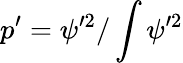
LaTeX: p^{\prime}=\psi^{\prime 2}/\int\psi^{\prime 2}